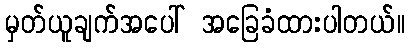
မှတ်ယူချက်အပေါ် အခြေခံထားပါတယ်။